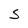
Character: S